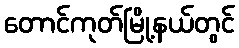
တောင်ကုတ်မြို့နယ်တွင်